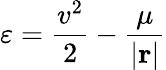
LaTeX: \varepsilon={\frac{v^{2}}{2}}-{\frac{\mu}{\left|\mathbf{r}\right|}}